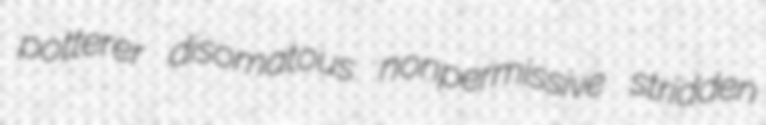
potterer disomatous nonpermissive stridden